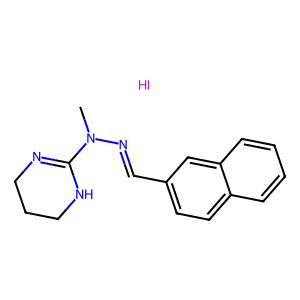
SMILES: CN(N=Cc1ccc2ccccc2c1)C1=NCCCN1.I
Inhibits HIV replication: No